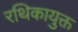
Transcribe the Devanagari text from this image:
रथिकायुक्त